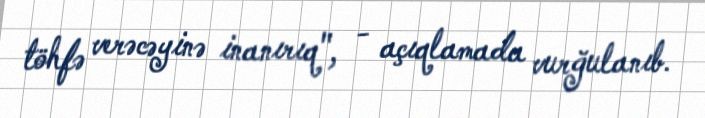
töhfə verəcəyinə inanırıq", - açıqlamada vurğulanıb.